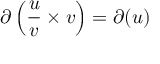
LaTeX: \partial \left( { \frac { u } { v } } \times v \right) = \partial ( u )